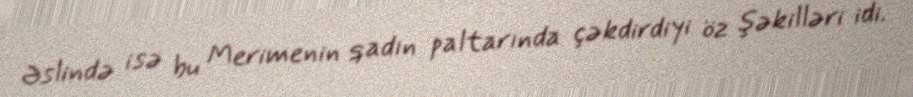
Əslində isə bu Merimenin qadın paltarında çəkdirdiyi öz şəkilləri idi.